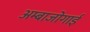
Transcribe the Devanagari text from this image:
अम्बाजोगाई